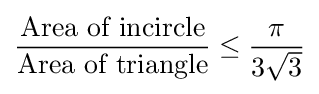
{\frac {\text{Area of incircle}}{\text{Area of triangle}}}\leq {\frac {\pi }{3{\sqrt {3}}}}